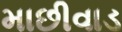
માછીવાડ